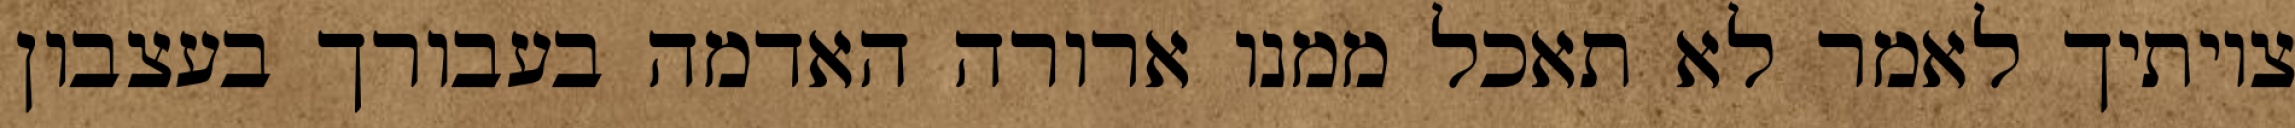
צויתיך לאמר לא תאכל ממנו ארורה האדמה בעבורך בעצבון